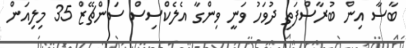
ބާސާ އިން ބުރާސްފަތި ދުވަހު ވަނީ ވިންގާ އެލެކްސިސް ސަންޗޭޒް 35 މިލިއަން